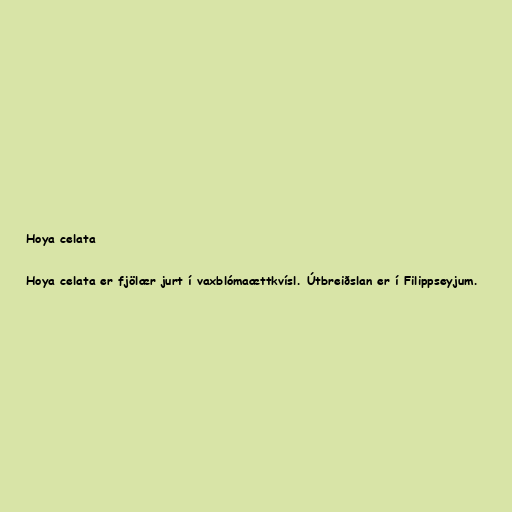
Hoya celata

Hoya celata er fjölær jurt í vaxblómaættkvísl. Útbreiðslan er í Filippseyjum.